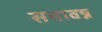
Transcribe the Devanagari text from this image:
सत्तावन्न